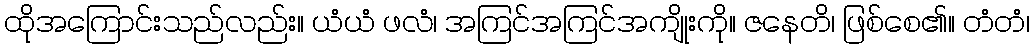
ထိုအကြောင်းသည်လည်း။ ယံယံ ဖလံ၊ အကြင်အကြင်အကျိုးကို။ ဇနေတိ၊ ဖြစ်စေ၏။ တံတံ၊